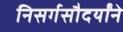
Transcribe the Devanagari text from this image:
निसर्गसौदर्यांने